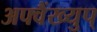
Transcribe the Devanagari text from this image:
अफ्वैंख्युप्